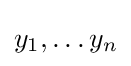
y_{1},\ldots y_{n}